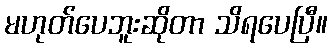
မဟုတ်ပေဘူးဆိုတာ သိရပေပြီ။